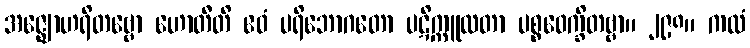
အဇ္ဈောဟရိတဗ္ဗော ဟောတီတိ ဧဝံ ပရိဘောဂတော ပဋိက္ကူလတာ ပစ္စဝေက္ခိတဗ္ဗာ။ ၂၉၈။ ကထံ